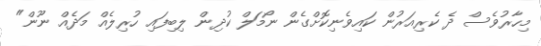
މިހާރުވެސް ދެ ކެރިއަރުން ކައިވެނިކޮށްގެން ނޯމަލް ކުދިން ލިބިފައި ހުރިލެއް މަދެއް ނޫން"